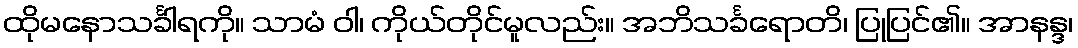
ထိုမနောသင်္ခါရကို။ သာမံ ဝါ၊ ကိုယ်တိုင်မူလည်း။ အဘိသင်္ခရောတိ၊ ပြုပြင်၏။ အာနန္ဒ၊